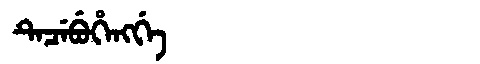
Manchu: ᡨᡝᠴᡝᠪᡠᡥᡝᠩᡤᡝ
Romanization: TECEBUHENGGE